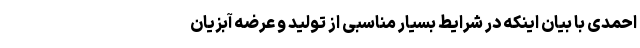
احمدی با بیان اینکه در شرایط بسیار مناسبی از تولید و عرضه آبزیان